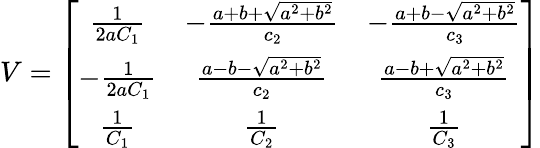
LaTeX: V=\left[\begin{array}{ccc}{{\frac{1}{2aC_{1}}}}&{{-\frac{a+b+\sqrt{a^{2}+b^{2}}}{c_{2}}}}&{{-\frac{a+b-\sqrt{a^{2}+b^{2}}}{c_{3}}}}\\ {{-\frac{1}{2aC_{1}}}}&{{\frac{a-b-\sqrt{a^{2}+b^{2}}}{c_{2}}}}&{{\frac{a-b+\sqrt{a^{2}+b^{2}}}{c_{3}}}}\\ {{\frac{1}{C_{1}}}}&{{\frac{1}{C_{2}}}}&{{\frac{1}{C_{3}}}}\end{array}\right]